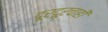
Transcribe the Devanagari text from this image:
दूरदूरचाही